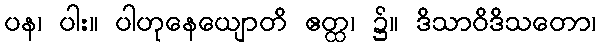
ပန၊ ပါး။ ပါဟုနေယျောတိ ဧတ္ထ၊ ၌။ ဒိသာဝိဒိသတော၊